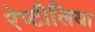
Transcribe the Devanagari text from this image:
रेप्टीलिया